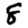
Digit: 8